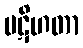
ပဋိဟတာ